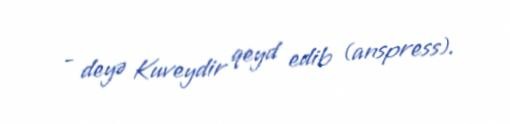
- deyə Kuveydir qeyd edib (anspress).